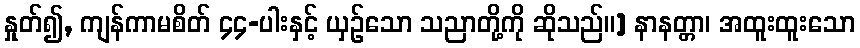
နှုတ်၍, ကျန်ကာမစိတ် ၄၄-ပါးနှင့် ယှဉ်သော သညာတို့ကို ဆိုသည်။] နာနတ္တာ၊ အထူးထူးသော